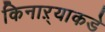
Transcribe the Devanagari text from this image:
किनाऱ्याकडे